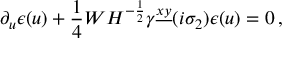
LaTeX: \partial _ { u } \epsilon ( u ) + { \frac { 1 } { 4 } } W H ^ { - { \frac { 1 } { 2 } } } \gamma ^ { \underline { { { x y } } } } ( i \sigma _ { 2 } ) \epsilon ( u ) = 0 \, ,